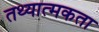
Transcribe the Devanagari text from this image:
तथ्यात्मकता